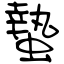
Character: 蟄